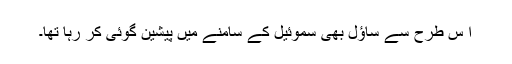
ا س طرح سے ساؤل بھی سموئیل کے سامنے میں پیشین گوئی کر رہا تھا۔